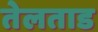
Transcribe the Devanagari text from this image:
तेलताड